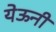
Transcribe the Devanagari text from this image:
येऊनी